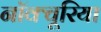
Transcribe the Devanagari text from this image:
नॉक्चूरिया